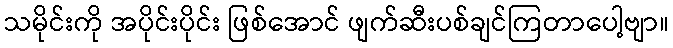
သမိုင်းကို အပိုင်းပိုင်း ဖြစ်အောင် ဖျက်ဆီးပစ်ချင်ကြတာပေါ့ဗျာ။